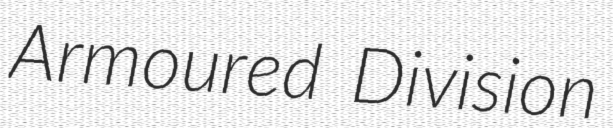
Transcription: Armoured Division